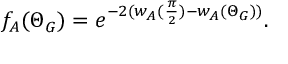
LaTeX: f _ { A } ( \Theta _ { G } ) = e ^ { - 2 ( w _ { A } ( \frac { \pi } { 2 } ) - w _ { A } ( \Theta _ { G } ) ) } .